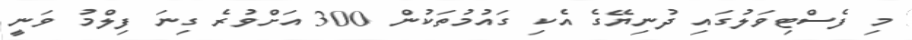
މި ފެސްޓިވަލުގައި ދުނިޔޭގެ އެކި ގައުމުތަކުން 300 އަށްވުރެ ގިނަ ފިލްމު ވަނީ